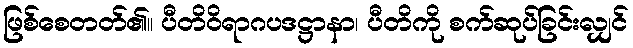
ဖြစ်စေတတ်၏။ ပီတိဝိရာဂပဒဋ္ဌာနာ၊ ပီတိကို စက်ဆုပ်ခြင်းလျှင်